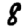
Digit: 8